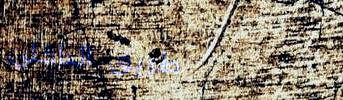
طريق الداخلي